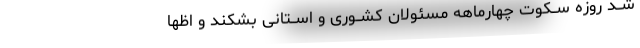
شــد روزه ســکوت چهارماهه مسئولان کشــوری و اســتانی بشکند و اظها